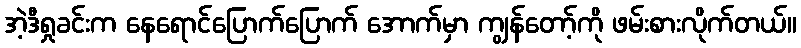
အဲ့ဒီရှုခင်းက နေရောင်ပြောက်ပြောက် အောက်မှာ ကျွန်တော့်ကို ဖမ်းစားလိုက်တယ်။